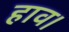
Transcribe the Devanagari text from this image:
हाव।